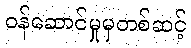
ဝန်ဆောင်မှုမှတစ်ဆင့်